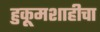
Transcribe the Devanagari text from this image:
हुकूमशाहीचा